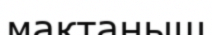
мақтаныш